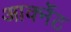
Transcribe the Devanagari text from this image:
आर्क्नेट